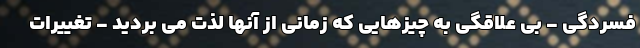
فسردگی - بی علاقگی به چیزهایی که زمانی از آنها لذت می بردید - تغییرات